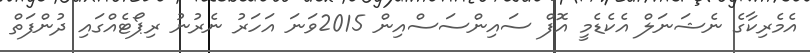
އެމެރިކާގެ ނެޝަނަލް އެކެޑެމީ އޮފް ސައިންސަސްއިން 2015ވަނަ އަހަރު ނެރުނު ރިޕޯޓެއްގައި ދުންފަތް